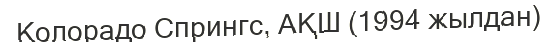
Колорадо Спрингс, АҚШ (1994 жылдан)